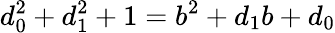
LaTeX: d_{0}^{2}+d_{1}^{2}+1=b^{2}+d_{1}b+d_{0}